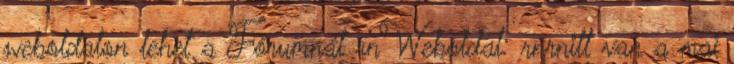
weboldalon lehet a Fórumnál rnWeboldal: rnrnitt van a mai